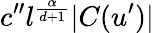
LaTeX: c^{\prime\prime}l^{\frac{\alpha}{d+1}}|C(u^{\prime})|